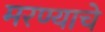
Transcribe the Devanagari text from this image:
मरण्याचे